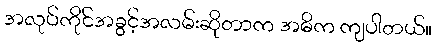
အလုပ်ကိုင်အခွင့်အလမ်းဆိုတာက အဓိက ကျပါတယ်။